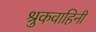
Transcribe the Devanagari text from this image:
श्रुकवाहिनी